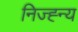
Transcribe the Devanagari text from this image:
निज्ह्न्य